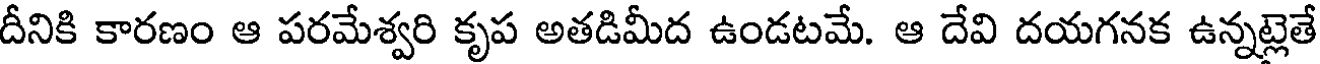
దీనికి కారణం ఆ పరమేశ్వరి కృప అతడిమీద ఉండటమే. ఆ దేవి దయగనక ఉన్నట్లెతే